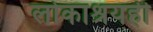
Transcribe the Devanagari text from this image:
लोकाश्रयही